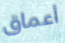
أعماق